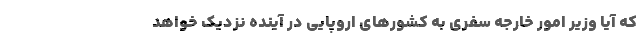
که آیا وزیر امور خارجه سفری به کشورهای اروپایی در آینده نزدیک خواهد